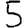
Digit: 5